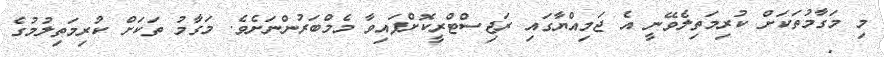
މި މަގާމުތަކަށް ކުރިމަތިލެވޭނީ އެ ޖަމިއްޔާގައި ރަޖިސްޓްރީކޮށްފައިވާ މެމްބަރުންނަށެވެ. މަގާމު ތަކަށް ކުރިމަތިލުމުގެ